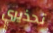
تحذيري